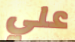
علي